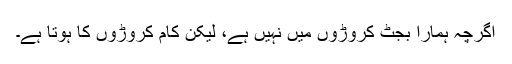
اگرچہ ہمارا بجٹ کروڑوں میں نہیں ہے، لیکن کام کروڑوں کا ہوتا ہے۔